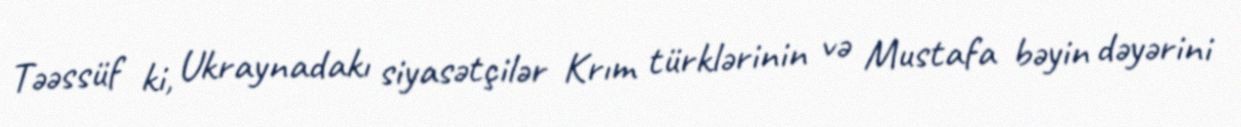
Təəssüf ki, Ukraynadakı siyasətçilər Krım türklərinin və Mustafa bəyin dəyərini